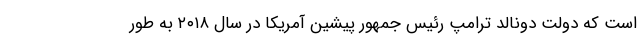
است که دولت دونالد ترامپ رئیس جمهور پیشین آمریکا در سال ۲۰۱۸ به طور